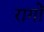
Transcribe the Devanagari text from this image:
रागोँ